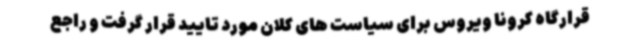
قرارگاه کرونا ویروس برای سیاست های کلان مورد تایید قرار گرفت و راجع